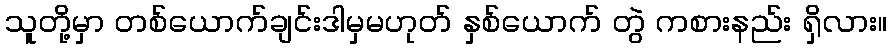
သူတို့မှာ တစ်ယောက်ချင်းဒါမှမဟုတ် နှစ်ယောက် တွဲ ကစားနည်း ရှိလား။